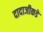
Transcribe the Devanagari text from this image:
दादाजीकडे